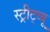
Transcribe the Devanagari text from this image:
स्ट्रीट्व्यू